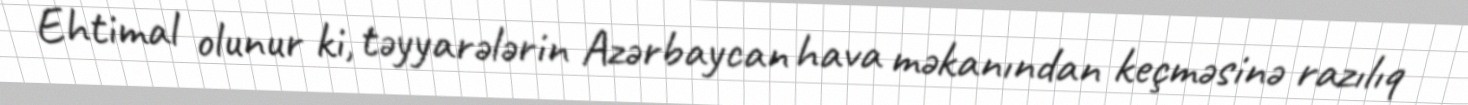
Ehtimal olunur ki, təyyarələrin Azərbaycan hava məkanından keçməsinə razılıq